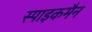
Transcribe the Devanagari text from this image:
स्पाइकमैन